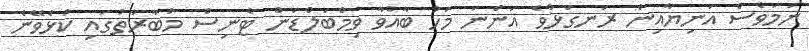
ނަމަވެސް އަނިޔާއިން ރަނގަޅުވެ އަންނަ މަހު ބާއްވާ ވިމްބަލްޑަން ޓެނިސް މުބާރާތުގައި ކުޅެވޭނެ